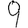
Digit: 9